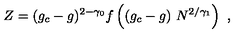
Z = ( g _ { c } - g ) ^ { 2 - \gamma _ { 0 } } f \left( ( g _ { c } - g ) \ N ^ { 2 / \gamma _ { 1 } } \right) \ ,